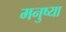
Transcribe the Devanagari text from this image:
मनुष्या